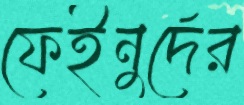
ফেইনুর্দের